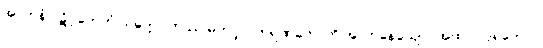
အာဟုနံ ပဋိဂ္ဂဟေတုံ ယုတ္တော တဿ မဟပ္ဖလကရဏတောတိ အာဟုနေယျော။ အထ ဝါ ဒူရတောပိ